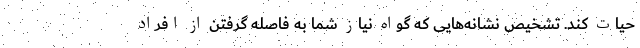
حیات کند. تشخیص نشانه‌هایی که گواهِ نیاز شما به فاصله گرفتن از افراد